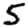
Digit: 5